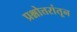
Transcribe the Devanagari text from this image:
प्रश्नोत्तरांतून